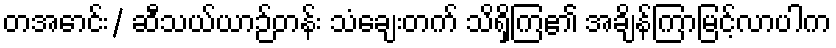
တအောင်း/ ဆီသယ်ယာဉ်တန်း သံချေးတက် သိရှိကြ၏ အချိန်ကြာမြင့်လာပါက